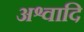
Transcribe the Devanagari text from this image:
अश्वादि